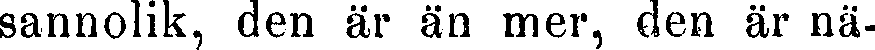
sannolik, den är än mer, den är nä-